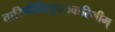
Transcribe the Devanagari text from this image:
तारिणीम्रिपुदलवारिणीम्